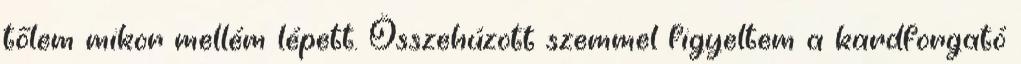
tőlem mikor mellém lépett. Összehúzott szemmel figyeltem a kardforgató